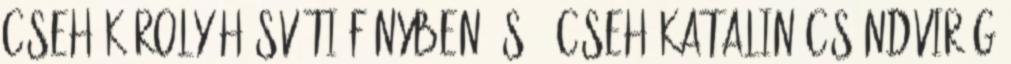
Cseh Károly Húsvéti fényben, s 3 Cseh Katalin Csöndvirág